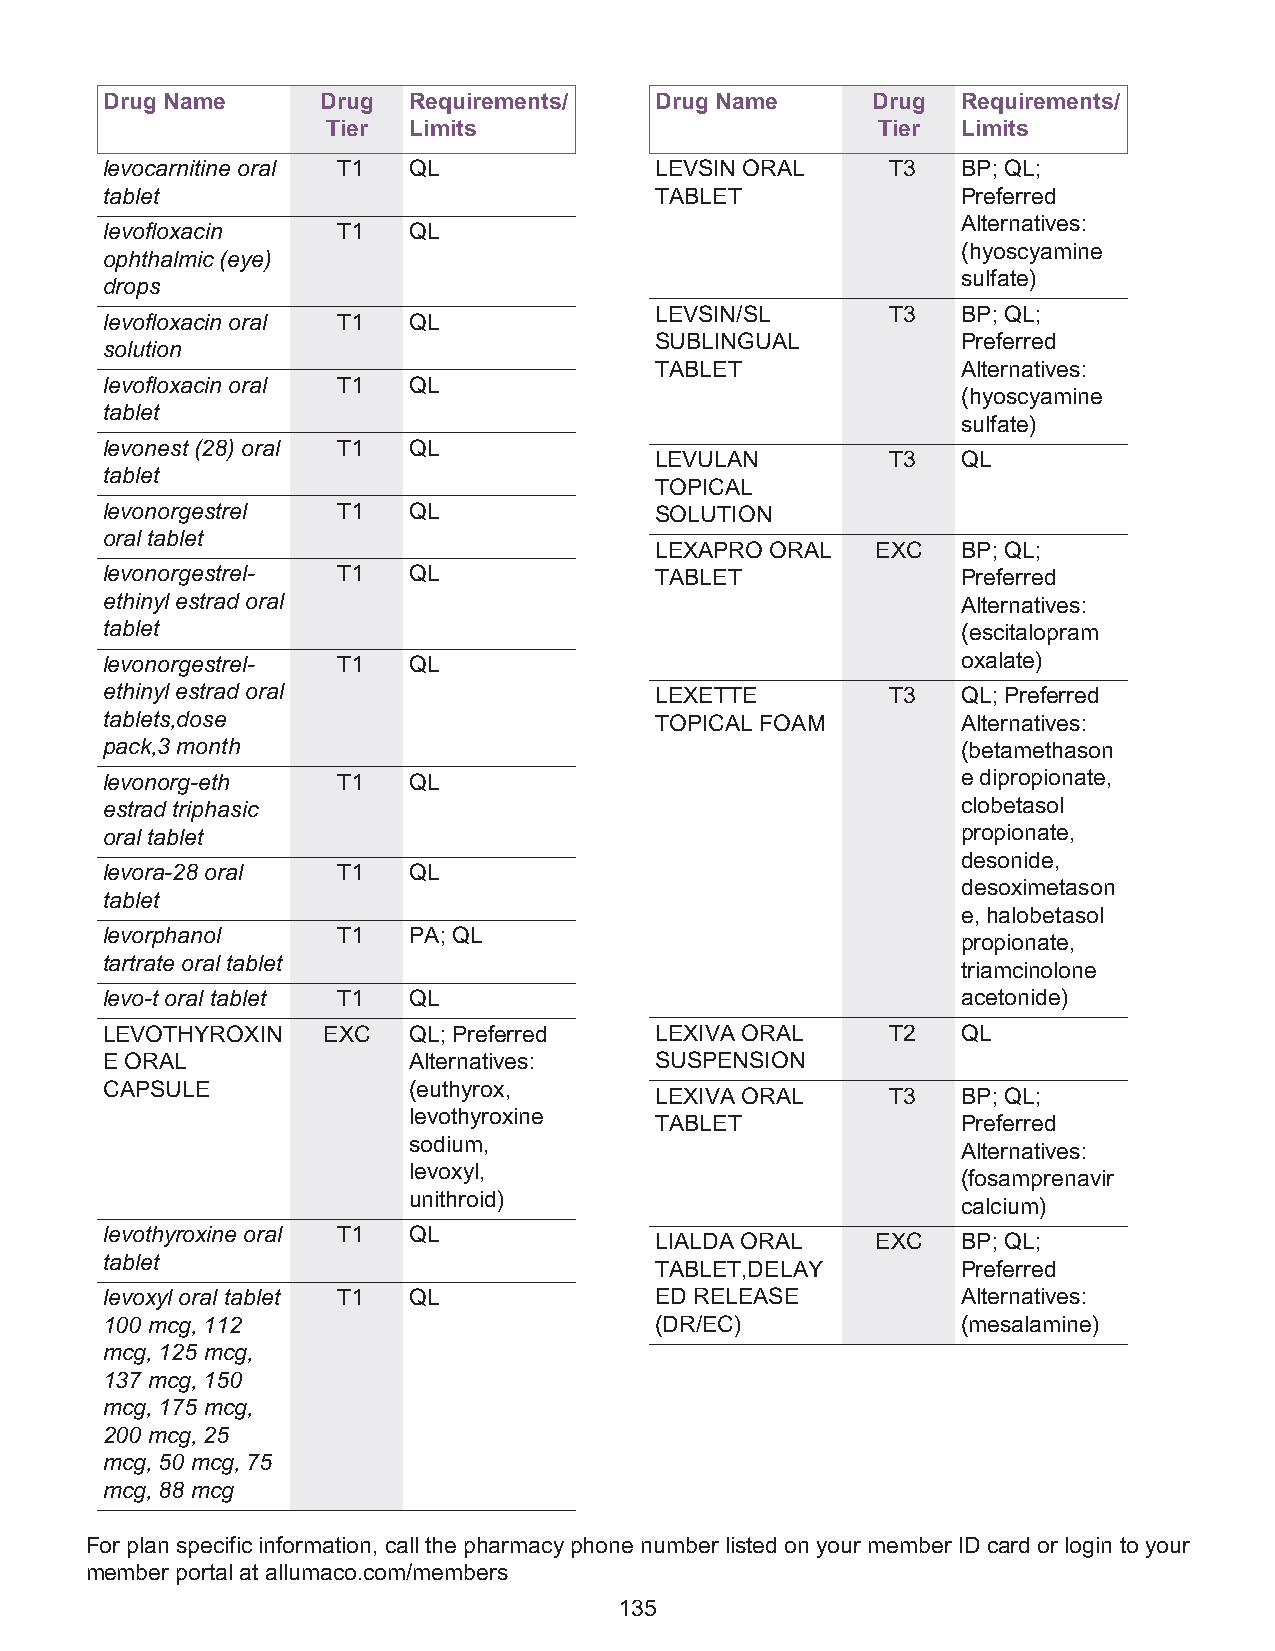
Drug Name     Drug  Requirements/   Drug Name      Drug  Requirements/
 Tier Limits                         Tier  Limits
 levocarnitine oral T1 QL            LEVSIN ORAL     T3   BP; QL;
 tablet                              TABLET               Preferred
 Alternatives:
 levofloxacin   T1   QL
 (hyoscyamine
 ophthalmic (eye)
 sulfate)
 drops
 LEVSIN/SL       T3   BP; QL;
 levofloxacin oral T1 QL
 SUBLINGUAL           Preferred
 solution
 TABLET               Alternatives:
 levofloxacin oral T1 QL
 (hyoscyamine
 tablet
 sulfate)
 levonest (28) oral T1 QL
 LEVULAN         T3   QL
 tablet
 TOPICAL
 levonorgestrel T1   QL              SOLUTION
 oral tablet
 LEXAPRO ORAL   EXC   BP; QL;
 levonorgestrel- T1  QL              TABLET               Preferred
 ethinyl estrad oral                                      Alternatives:
 tablet                                                   (escitalopram
 levonorgestrel- T1  QL                                   oxalate)
 ethinyl estrad oral                 LEXETTE         T3   QL; Preferred
 tablets,dose                        TOPICAL FOAM         Alternatives:
 pack,3 month                                             (betamethason
 levonorg-eth   T1   QL                                   e dipropionate,
 estrad triphasic                                         clobetasol
 oral tablet                                              propionate,
 desonide,
 levora-28 oral T1   QL
 desoximetason
 tablet
 e, halobetasol
 levorphanol    T1   PA; QL
 propionate,
 tartrate oral tablet
 triamcinolone
 levo-t oral tablet T1 QL                                 acetonide)
 LEVOTHYROXIN  EXC   QL; Preferred   LEXIVA ORAL     T2   QL
 E ORAL              Alternatives:   SUSPENSION
 CAPSULE             (euthyrox,
 LEXIVA ORAL     T3   BP; QL;
 levothyroxine
 TABLET               Preferred
 sodium,
 Alternatives:
 levoxyl,
 (fosamprenavir
 unithroid)
 calcium)
 levothyroxine oral T1 QL
 LIALDA ORAL    EXC   BP; QL;
 tablet
 TABLET,DELAY         Preferred
 levoxyl oral tablet T1 QL           ED RELEASE           Alternatives:
 100 mcg, 112                        (DR/EC)              (mesalamine)
 mcg, 125 mcg,
 137 mcg, 150
 mcg, 175 mcg,
 200 mcg, 25
 mcg, 50 mcg, 75
 mcg, 88 mcg
 For plan specific information, call the pharmacy phone number listed on your member ID card or login to your
 member portal at allumaco.com/members
 135